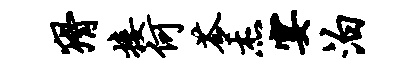
猾接何苓杰宴泊